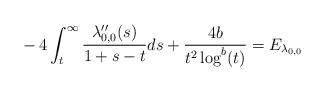
LaTeX: \begin{align*}&-4 \int_{t}^{\infty} \frac{\lambda_{0,0}''(s)}{1+s-t} ds + \frac{4b}{t^{2}\log^{b}(t)}=E_{\lambda_{0,0}}\end{align*}